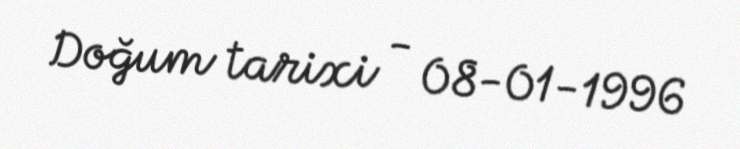
Doğum tarixi - 08-01-1996